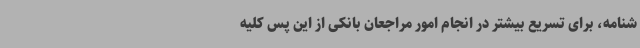
شنامه، برای تسریع بیشتر در انجام امور مراجعان بانکی از این پس کلیه